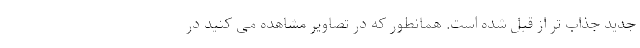
جدید جذاب تر از قبل شده است. همانطور که در تصاویر مشاهده می کنید در